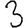
Digit: 3